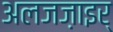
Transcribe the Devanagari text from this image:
अलजज़ाइर्